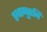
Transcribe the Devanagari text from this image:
स्थाणुरवि